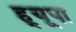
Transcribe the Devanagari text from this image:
ह्‌यूपा